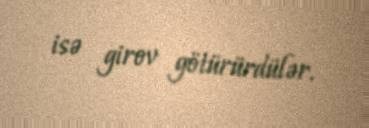
isə girov götürürdülər.